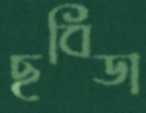
ছবিডা